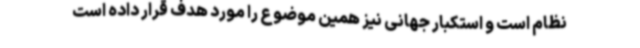
نظام است و استکبار جهانی نیز همین موضوع را مورد هدف قرار داده است